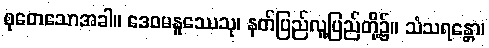
စုတေသောအခါ။ ဒေဝမနူဿေသု၊ နတ်ပြည်လူ့ပြည်တို့၌။ သံသရန္တော၊